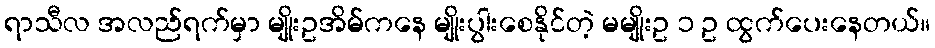
ရာသီလ အလည်ရက်မှာ မျိုးဥအိမ်ကနေ မျိုးပွါးစေနိုင်တဲ့ မမျိုးဥ ၁ ဥ ထွက်ပေးနေတယ်။